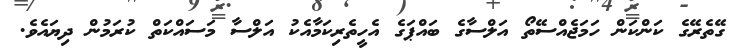
ގޭތެރޭގެ ކަންކަން ހަމަޖެއްސޭތޯ އަލްސާގެ ބައްޕަގެ އެހީތެރިކަމާއެކު އަލްސާ މަސައްކަތް ކުރަމުން ދިޔައެވެ.